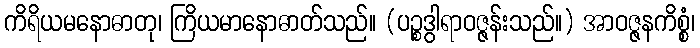
ကိရိယမနောဓာတု၊ ကြိယမာနောဓာတ်သည်။ (ပဉ္စဒွါရာဝဇ္ဇန်းသည်။) အာဝဇ္ဇနကိစ္စံ၊